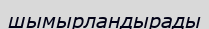
шымырландырады